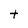
Character: t